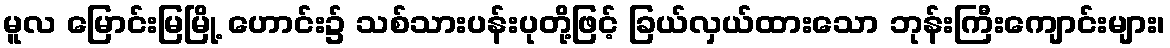
မူလ မြောင်းမြမြို့ ဟောင်း၌ သစ်သားပန်းပုတို့ဖြင့် ခြယ်လှယ်ထားသော ဘုန်းကြီးကျောင်းများ၊